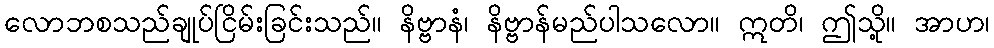
လောဘစသည်ချုပ်ငြိမ်းခြင်းသည်။ နိဗ္ဗာနံ၊ နိဗ္ဗာန်မည်ပါသလော။ ဣတိ၊ ဤသို့။ အာဟ၊